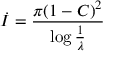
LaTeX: \dot { I } = { \frac { \pi ( 1 - C ) ^ { 2 } } { \log { \frac { 1 } { \lambda } } } }